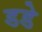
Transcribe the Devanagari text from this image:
डडे